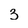
Character: 3